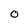
Character: 0